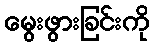
မွေးဖွားခြင်းကို